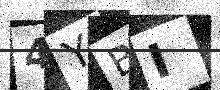
Text: 4YBI